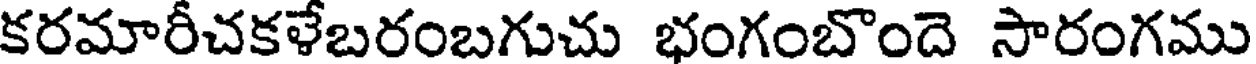
కరమారీచకళేబరంబగుచు భంగంబొందె సారంగము